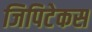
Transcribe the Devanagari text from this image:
जिपिटेकस